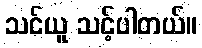
သင်ယူ သင့်ပါတယ်။